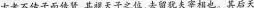
古者不传子而待货,其视天于予之位,去留犹夫宰相也。其后天